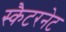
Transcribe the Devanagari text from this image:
स्कैटरनेट